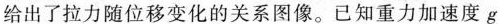
给出了拉力随位移变化的关系图像。已知重力加速度g